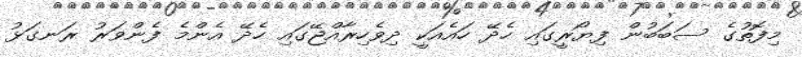
މިފޮތުގެ ސަބަބުން ފިޔޯރީގައި ހެދޭ ހައެއަކީ ދިވެހިރާއްޖޭގައި ހެދޭ އެންމެ ފެންވަރު ރަނގަޅު